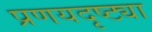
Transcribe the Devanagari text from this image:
प्रणयदृष्ट्या